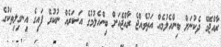
ރާއްޖޭގެ ދެކުނަށް ބިންހެލުމެއް އަތުވެއްޖެ ރާއްޖެއަށް ބިންހެލުމުގެ އަސަރެއް ނުކުރޭ ފައިގެ އިނގިލިތަކުގެ